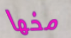
مخها